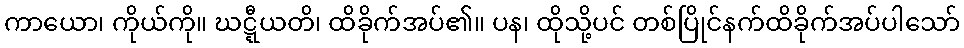
ကာယော၊ ကိုယ်ကို။ ဃဋ္ဋီယတိ၊ ထိခိုက်အပ်၏။ ပန၊ ထိုသို့ပင် တစ်ပြိုင်နက်ထိခိုက်အပ်ပါသော်